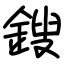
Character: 鎪